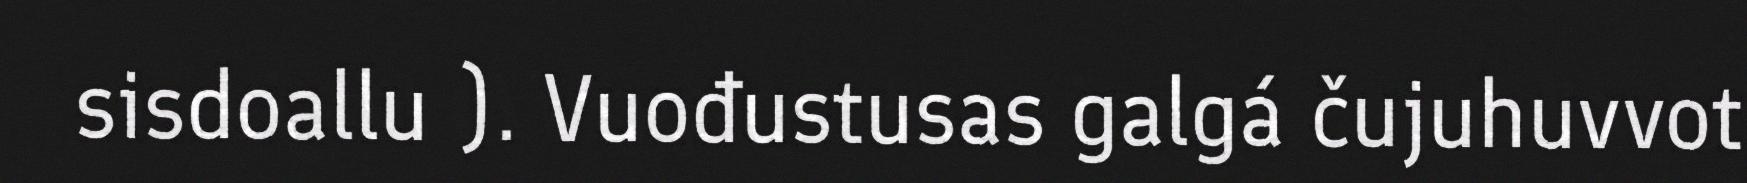
sisdoallu ). Vuođustusas galgá čujuhuvvot